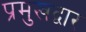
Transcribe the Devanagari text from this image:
प्रमुखद्वार